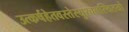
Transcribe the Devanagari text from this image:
उत्कर्षहेतवस्तेस्युरचलस्थितयो